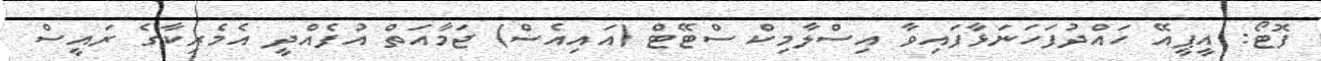
ފޮޓޯ: އީޕީއޭ ހައްދުފަހަނަޅާފައިވާ އިސްލާމިކް ސްޓޭޓް (އައިއެސް) ޖަމާއަތް އުފެއްދީ އެމެރިކާގެ ރައީސް